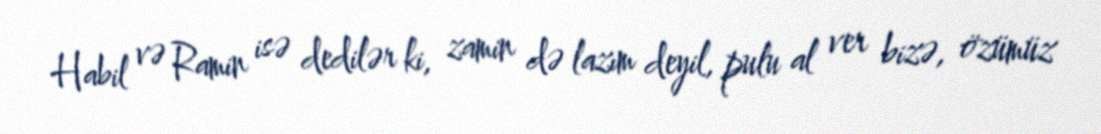
Habil və Ramin isə dedilər ki, zamin də lazım deyil, pulu al ver bizə, özümüz